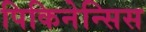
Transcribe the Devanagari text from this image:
पिकिनेन्सिस